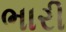
ભારી